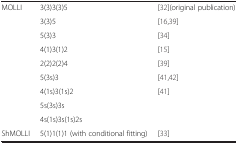
<table><thead><tr><td><b> </b></td><td><b> </b></td><td><b> </b></td></tr></thead><tbody><tr><td>MOLLI</td><td>3(3)3(3)5</td><td>[32](original publication)</td></tr><tr><td> </td><td>3(3)5</td><td>[16,39]</td></tr><tr><td> </td><td>5(3)3</td><td>[34]</td></tr><tr><td> </td><td>4(1)3(1)2</td><td>[15]</td></tr><tr><td> </td><td>2(2)2(2)4</td><td>[39]</td></tr><tr><td> </td><td>5(3s)3</td><td>[41,42]</td></tr><tr><td> </td><td>4(1s)3(1s)2</td><td>[41]</td></tr><tr><td> </td><td>5s(3s)3s</td><td> </td></tr><tr><td> </td><td>4s(1s)3s(1s)2s</td><td> </td></tr><tr><td>ShMOLLI</td><td>5(1)1(1)1 (with conditional fitting)</td><td>[33]</td></tr></tbody></table>